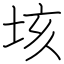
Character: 垓